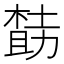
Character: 𪳌